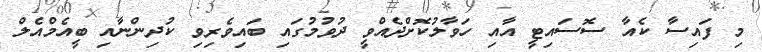
މި ފައިސާ ކެއާ ސޮސައިޓީ އާއި ހަވާލުކޮށްދެއްވީ ދުވުމުގައި ބައިވެރިވި ކުދިންނާއި ބީއެމްއެލް